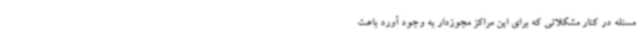
مسئله در کنار مشکلاتی که برای این مراکز مجوزدار به وجود آورد باعث